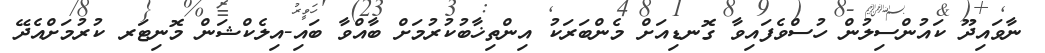
ނާވައިދޫ ކައުންސިލުން ހުސްވެފައިވާ ގޮނޑިއަށް މެންބަރަކު އިންތިޚާބުކުރުމަށް ބާއްވާ ބައި-އިލެކްޝަން މޮނިޓަރ ކުރުމަށްއެދޭ